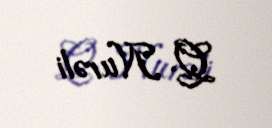
Q. Nurəli